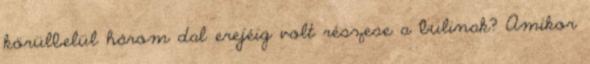
körülbelül három dal erejéig volt részese a bulinak? Amikor